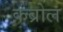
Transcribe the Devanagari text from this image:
कब्रोल